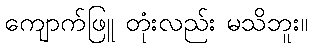
ကျောက်ဖြူ တုံးလည်း မသိဘူး။